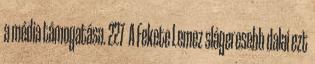
a média támogatása. 227 A Fekete Lemez slágeresebb dalai ezt